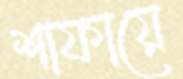
শাফায়ে